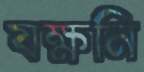
যক্ষনি